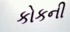
કોકની